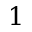
1